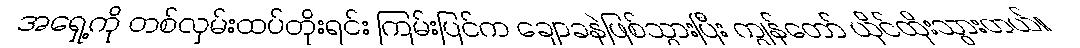
အရှေ့ကို တစ်လှမ်းထပ်တိုးရင်း ကြမ်းပြင်က ချောခနဲဖြစ်သွားပြီး ကျွန်တော် ယိုင်ထိုးသွားတယ်။